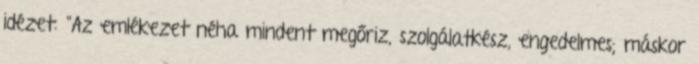
idézet: "Az emlékezet néha mindent megőriz, szolgálatkész, engedelmes; máskor